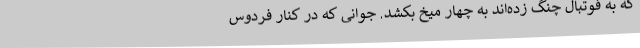
که به فوتبال چنگ زده‌اند به چهار میخ بکشد. جوانی که در کنار فردوس